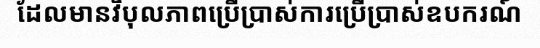
ដែលមានវិបុលភាពប្រើប្រាស់ការប្រើប្រាស់ឧបករណ៍